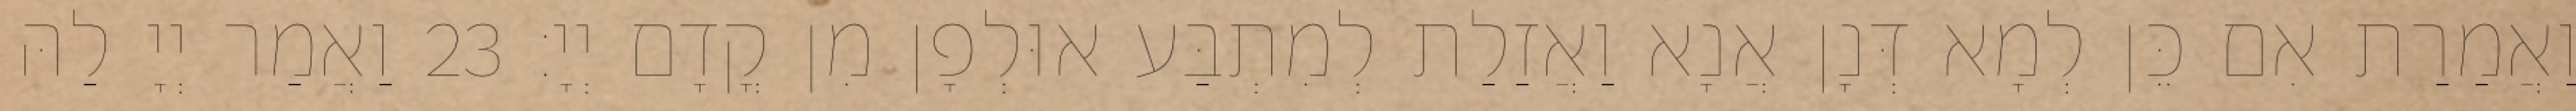
וַאֲמַרַת אִם כֵּן לְמָא דְּנָן אֲנָא וַאֲזַלַת לְמִתְבַּע אוּלְפָן מִן קֳדָם יְיָ׃ 23 וַאֲמַר יְיָ לַהּ